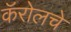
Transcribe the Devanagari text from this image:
कॅरोलचे